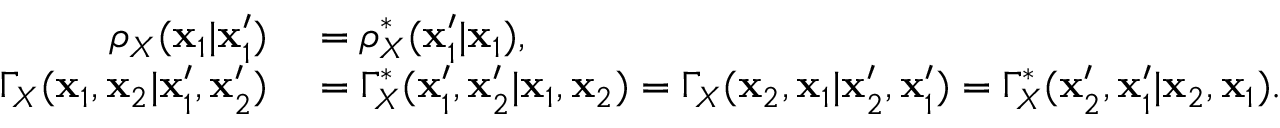
\begin{array} { r l } { \rho _ { X } ( \mathbf { x } _ { 1 } | \mathbf { x } _ { 1 } ^ { \prime } ) } & { { } = \rho _ { X } ^ { * } ( \mathbf { x } _ { 1 } ^ { \prime } | \mathbf { x } _ { 1 } ) , } \\ { \Gamma _ { X } ( \mathbf { x } _ { 1 } , \mathbf { x } _ { 2 } | \mathbf { x } _ { 1 } ^ { \prime } , \mathbf { x } _ { 2 } ^ { \prime } ) } & { { } = \Gamma _ { X } ^ { * } ( \mathbf { x } _ { 1 } ^ { \prime } , \mathbf { x } _ { 2 } ^ { \prime } | \mathbf { x } _ { 1 } , \mathbf { x } _ { 2 } ) = \Gamma _ { X } ( \mathbf { x } _ { 2 } , \mathbf { x } _ { 1 } | \mathbf { x } _ { 2 } ^ { \prime } , \mathbf { x } _ { 1 } ^ { \prime } ) = \Gamma _ { X } ^ { * } ( \mathbf { x } _ { 2 } ^ { \prime } , \mathbf { x } _ { 1 } ^ { \prime } | \mathbf { x } _ { 2 } , \mathbf { x } _ { 1 } ) . } \end{array}